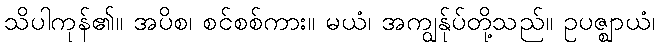
သိပါကုန်၏။ အပိစ၊ စင်စစ်ကား။ မယံ၊ အကျွန်ုပ်တို့သည်။ ဥပဇ္ဈာယံ၊